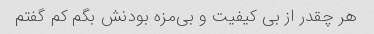
هر چقدر از بی کیفیت و بی‌مزه بودنش بگم کم گفتم